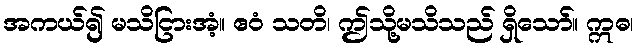
အကယ်၍ မသိငြားအံ့။ ဧဝံ သတိ၊ ဤသို့မသိသည် ရှိသော်။ ဣဓ၊